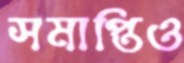
সমাপ্তিও